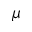
\mu